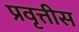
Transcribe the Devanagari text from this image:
प्रवृत्तीस